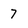
Character: 7